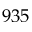
9 3 5